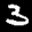
Label: 3